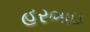
હરભાઇ